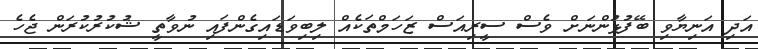
އަދި އަނިޔާވި ބޭފުޅުންނަށް ވެސް ސީރިއަސް ޒަހަމްތަކެއް ލިބިވަޑައިގެންފައި ނުވާތީ ޝުކުރުކުރަން ޖެހެ